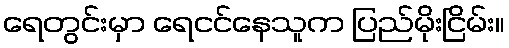
ရေတွင်းမှာ ရေငင်နေသူက ပြည်မိုးငြိမ်း။